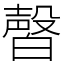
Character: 㿦